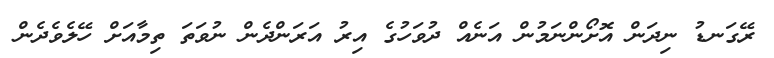
ރޭގަނޑު ނިދަން އޮށޯންނަމުން އަނެއް ދުވަހުގެ އިރު އަރަންދެން ނުވަތަ ތިމާއަށް ހޭލެވެދެން